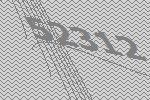
52312